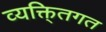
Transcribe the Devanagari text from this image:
व्यक्ति्तगत